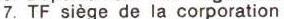
7. TF siège de la corporation